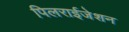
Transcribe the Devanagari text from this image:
पिलराईजेशन